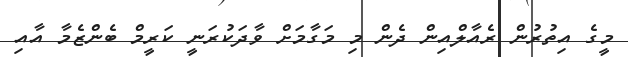
މީގެ އިތުރުން ރެއާލްއިން ދެން މި މަގާމަށް ވާދަކުރަނީ ކަރީމް ބެންޒެމާ އާއި